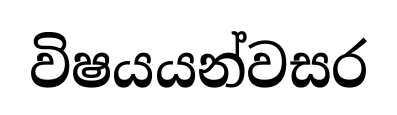
විෂයයන්වසර